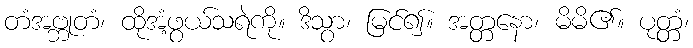
တံအဗ္ဘုတံ၊ ထိုအံ့ဖွယ်သရဲကို။ ဒိသွာ၊ မြင်၍။ အတ္တနော၊ မိမိ၏။ ပုတ္တံ၊